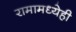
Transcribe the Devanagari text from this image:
रामामध्येही